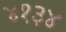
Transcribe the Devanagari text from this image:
४१३४